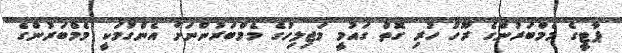
ޕާޓީގެ މެމްބަރުންގެ ރޫހު ހުރި ގޮތް ގައުމީ މަޖިލިހުގެ މެމްބަރުންނަށް އެންގުމަކީ މެމްބަރުންގެ